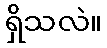
ရှိသလဲ။